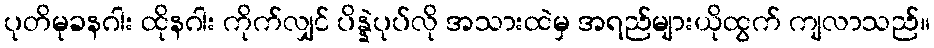
ပုတိမုခနဂါး ထိုနဂါး ကိုက်လျှင် ပိန္နဲပုပ်လို အသားထဲမှ အရည်များယိုထွက် ကျလာသည်။